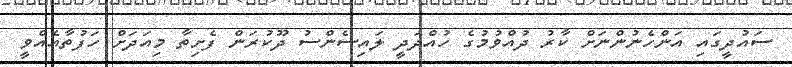
ސައުދީގައި އަންހެނުންނަށް ކާރު ދުއްވުމުގެ ހުއްދަދީ ލައިސެންސު ދޫކުރަން ފެށިތާ މިއަދަށް ހަފުތާއެއްވީ